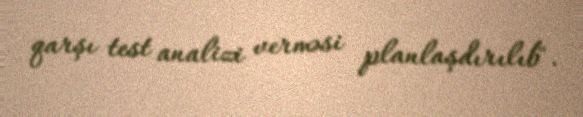
qarşı test analizi verməsi planlaşdırılıb".